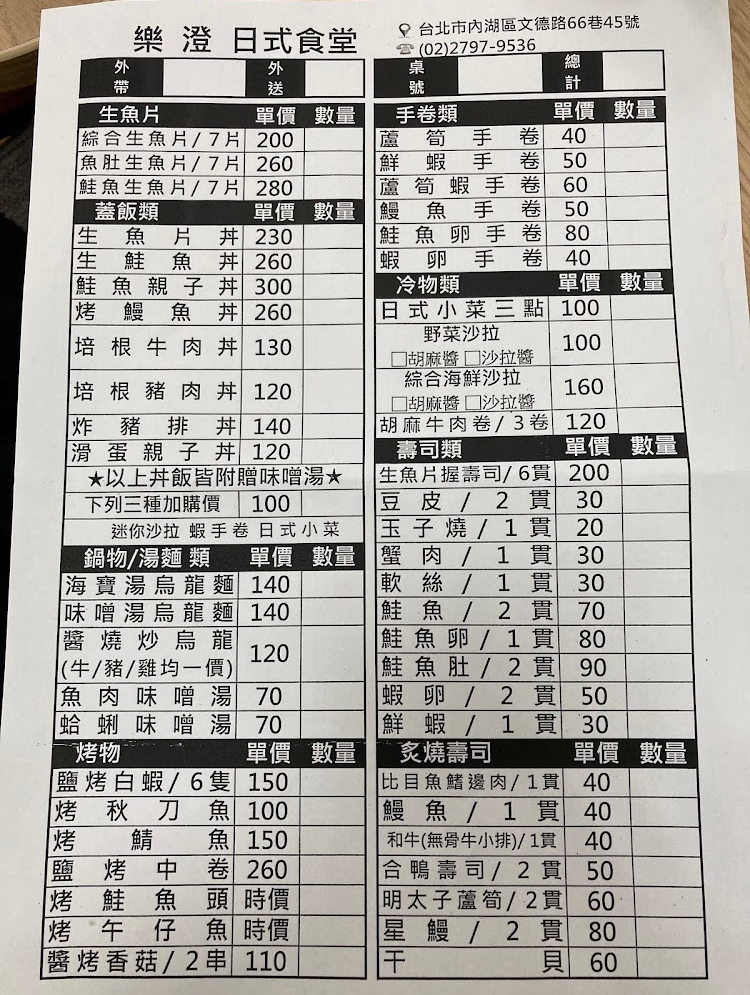
餐廳：樂澄日式食堂
地址：台北市內湖區文德路66巷45號
電話：(02)2797-9536
菜單：
name: 綜合生魚片/7片
price: 200
name: 魚肚生魚片/7片
price: 260
name: 鮭魚生魚片/7片
price: 280
name: 生魚片丼
price: 230
name: 生鮭魚丼
price: 260
name: 鮭魚親子丼
price: 300
name: 烤鰻魚丼
price: 260
name: 培根牛肉丼
price: 130
name: 培根豬肉丼
price: 120
name: 炸豬排丼
price: 140
name: 滑蛋親子丼
price: 120
name: 蘆筍手卷
price: 40
name: 鮮蝦手卷
price: 50
name: 蘆筍蝦手卷
price: 60
name: 鰻魚手卷
price: 50
name: 鮭魚卵手卷
price: 80
name: 蝦卵手卷
price: 40
name: 日式小菜三點
price: 100
name: 野菜沙拉(胡麻醬/沙拉醬)
price: 100
name: 綜合海鮮沙拉(胡麻醬/沙拉醬)
price: 160
name: 胡麻牛肉卷/3卷
price: 120
name: 生魚片握壽司/6貫
price: 200
name: 豆皮/2貫
price: 30
name: 玉子燒/1貫
price: 20
name: 蟹肉/1貫
price: 30
name: 軟絲/1貫
price: 30
name: 鮭魚/2貫
price: 70
name: 鮭魚卵/1貫
price: 80
name: 鮭魚肚/2貫
price: 90
name: 蝦卵/2貫
price: 50
name: 鮮蝦/1貫
price: 30
name: 比目魚鰭邊肉/1貫
price: 40
name: 鰻魚/1貫
price: 40
name: 和牛(無骨牛小排)/1貫
price: 40
name: 合鴨壽司/2貫
price: 50
name: 明太子蘆筍/2貫
price: 60
name: 星鰻/2貫
price: 80
name: 海寶湯烏龍麵
price: 140
name: 味噌湯烏龍麵
price: 140
name: 醬燒炒烏龍(牛/豬/雞均一價)
price: 120
name: 魚肉味噌湯
price: 70
name: 蛤蜊味噌湯
price: 70
name: 鹽烤白蝦/6隻
price: 150
name: 烤秋刀魚
price: 100
name: 烤鯖魚
price: 150
name: 鹽烤中卷
price: 260
name: 烤鮭魚頭
price: -1
name: 烤午仔魚
price: -1
name: 醬烤香菇/2串
price: 110
name: 干貝
price: 60